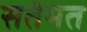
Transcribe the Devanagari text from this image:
सतंमत